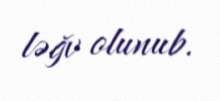
ləğv olunub.